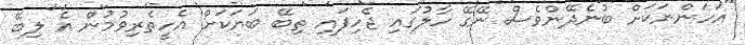
"އަހަންނަކަށް ބުނެދޭންވެސް ނޭގޭ ހާލުގައި ޖެހިފައި ތިބޭ ބަޔަކަށް އެހީތެރިވުމުން އެ ލިބޭ